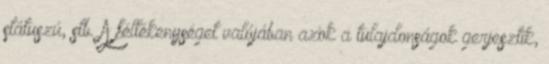
státuszú, stb. A féltékenységet valójában azok a tulajdonságok gerjesztik,